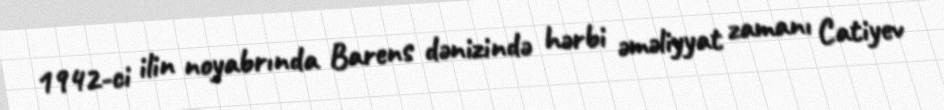
1942-ci ilin noyabrında Barens dənizində hərbi əməliyyat zamanı Catiyev